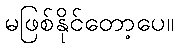
မဖြစ်နိုင်တော့ပေ။